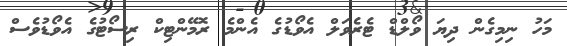
މަހު ނިމިގެން ދިޔަ ވޯލްޑް ޓެރެވަލް އެވޯޑުގެ އެންމެ ރޮމޭންޓިކް ރިސޯޓުގެ އެވޯޑުވެސް